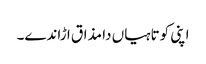
اپنی کوتاہیاں دا مذاق ا ڑاندے۔